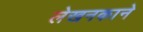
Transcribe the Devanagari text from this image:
लेखनकाने